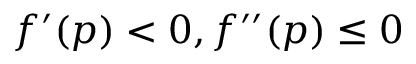
f ^ { \prime } ( p ) < 0 , f ^ { \prime \prime } ( p ) \leq 0